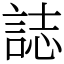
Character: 誌